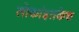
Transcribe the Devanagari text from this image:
लोकांइतकेच